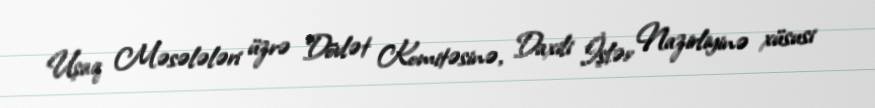
Uşaq Məsələləri üzrə Dövlət Komitəsinə, Daxili İşlər Nazirliyinə xüsusi